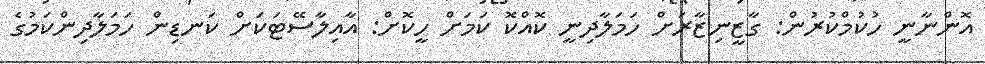
އޮންނާނީ ހުކުމްކުރުން: ގާޒީނިޒާރަށް ހަމަލާދިނީ ކޮއްކޮ ކަމަށް ހީކޮށް: އާއިލާސޭޓަކަށް ކަނޑިން ހަމަލާދިންކަމުގެ